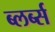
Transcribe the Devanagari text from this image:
ब्लर्ब्स